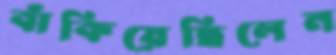
বাঁকিয়েছিলেন